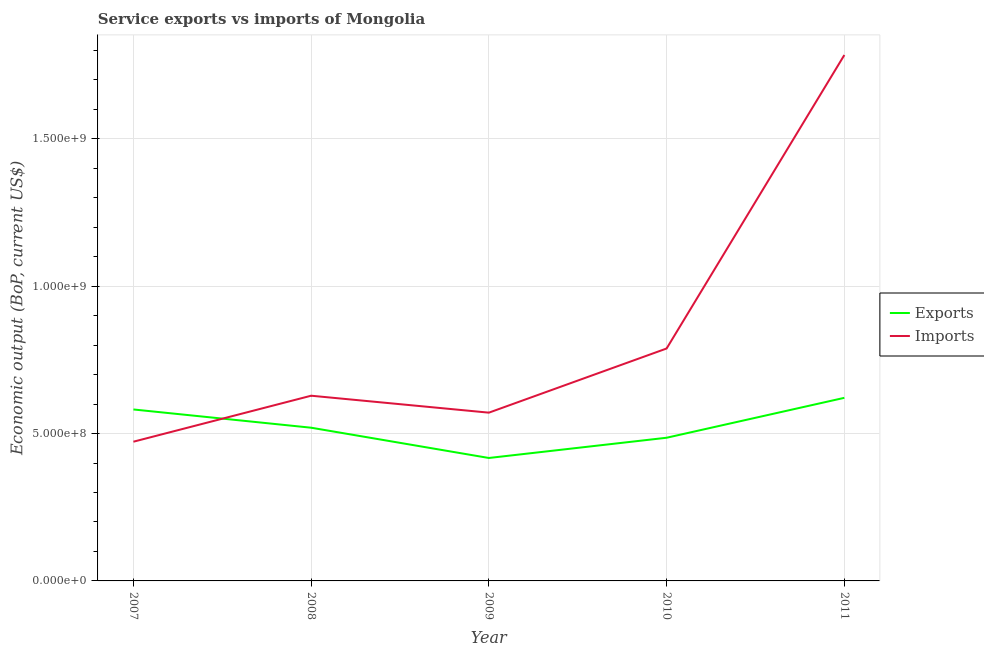
| Year | Exports | Imports |
 | --- | --- | --- |
 | 2007 | 5.82e+08 | 4.72e+08 |
 | 2008 | 5.2e+08 | 6.28e+08 |
 | 2009 | 4.17e+08 | 5.71e+08 |
 | 2010 | 4.86e+08 | 7.89e+08 |
 | 2011 | 6.21e+08 | 1.78e+09 |